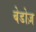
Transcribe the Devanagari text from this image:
बेडोज़